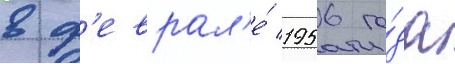
в ф'еврал'е́ 1956 го́да